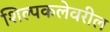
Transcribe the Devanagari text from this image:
शिल्पकलेवरील